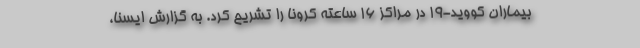
بیماران کووید-۱۹ در مراکز ۱۶ ساعته کرونا را تشریح کرد. به گزارش ایسنا،